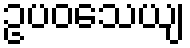
ဥပဝသေယျ